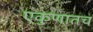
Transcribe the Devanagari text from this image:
एकुणातच